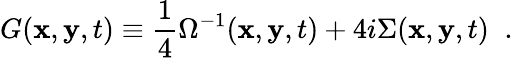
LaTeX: G({\mathbf x},{\mathbf y},t)\equiv\frac{1}{4}\Omega^{-1}({\mathbf x},{\mathbf y},t)+4i\Sigma({\mathbf x},{\mathbf y},t)\; \; .